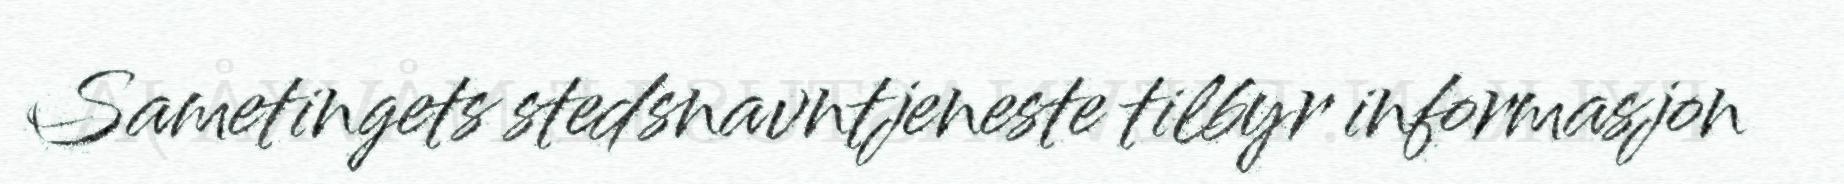
Sametingets stedsnavntjeneste tilbyr informasjon